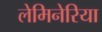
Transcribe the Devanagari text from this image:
लेमिनेरिया